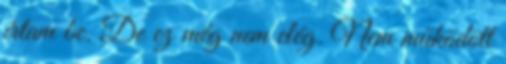
írtam be. De ez még nem elég. Nem működött